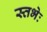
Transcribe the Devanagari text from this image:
स्तभेः